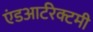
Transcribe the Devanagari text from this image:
एंडआर्टरेक्टमी